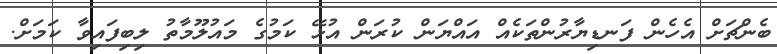
ބެންޗަށް އެހެން ފަނޑިޔާރުންތަކެއް އައްޔަން ކުރަން އުޅޭ ކަމުގެ މައުލޫމާތު ލިބިފައިވާ ކަމަށް.